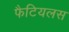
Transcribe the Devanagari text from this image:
फैटियलस